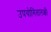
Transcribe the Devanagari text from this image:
उपयोगितालक्षी